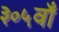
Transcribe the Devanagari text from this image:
३०५वाँ